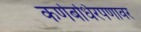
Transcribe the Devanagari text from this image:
कर्णबधिरपणावर